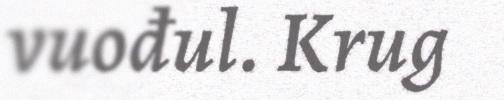
vuođul. Krug